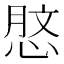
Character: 𢜑